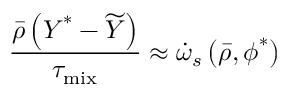
\frac { \bar { \rho } \left( \boldsymbol { Y } ^ { * } - \widetilde { Y } \right) } { \tau _ { \mathrm { m i x } } } \approx \dot { \omega } _ { s } \left( \bar { \rho } , \boldsymbol { \phi } ^ { * } \right)